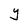
Character: Y